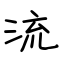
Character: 流